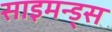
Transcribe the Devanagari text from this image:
साइमन्ड्स